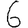
Digit: 6